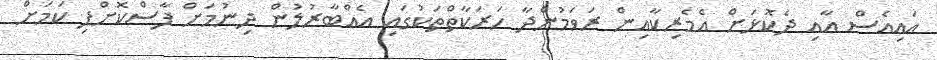
އައިއެސް އާއި ދެކޮޅަށް އެމެރިކާއިން ރަވަމުންދާ ހަރަކާތްތަކުގައި އެއްބާރުލުން ދިނުމަށް ފާސްކޮށްފި ކަމަށް